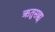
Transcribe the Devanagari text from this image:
ऋतुसह्य